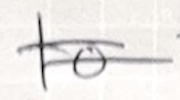
Text: to
Cross-out: double-line
Writing tool: ballpoint